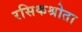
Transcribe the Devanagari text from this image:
रसिकश्रोता